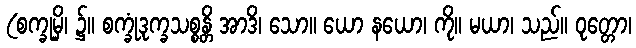
(စက္ခုမှိ၊ ၌။ စက္ခုံဒုက္ခသစ္စန္တိ အာဒိ၊ သော။ ယော နယော၊ ကို။ မယာ၊ သည်။ ဝုတ္တော၊